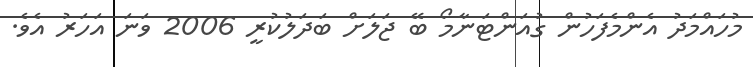
މުހައްމަދު އެންމެފަހުން ގުއަންޓަނާމޯ ބޭ ޖަލަށް ބަދަލުކުރީ 2006 ވަނަ އަހަރު އެވެ.